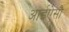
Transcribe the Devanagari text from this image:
आईऐसौ